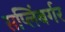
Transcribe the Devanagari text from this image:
सप्लिंबर्गर